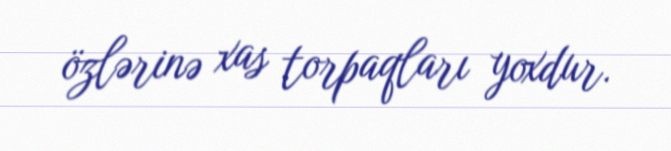
özlərinə xas torpaqları yoxdur.